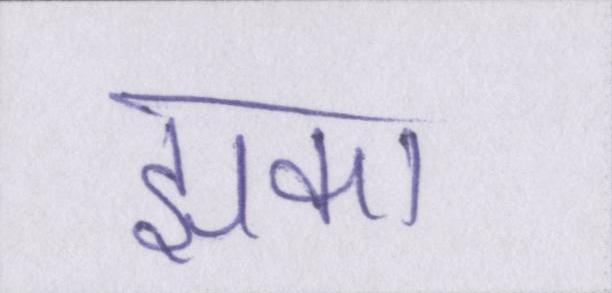
झुका